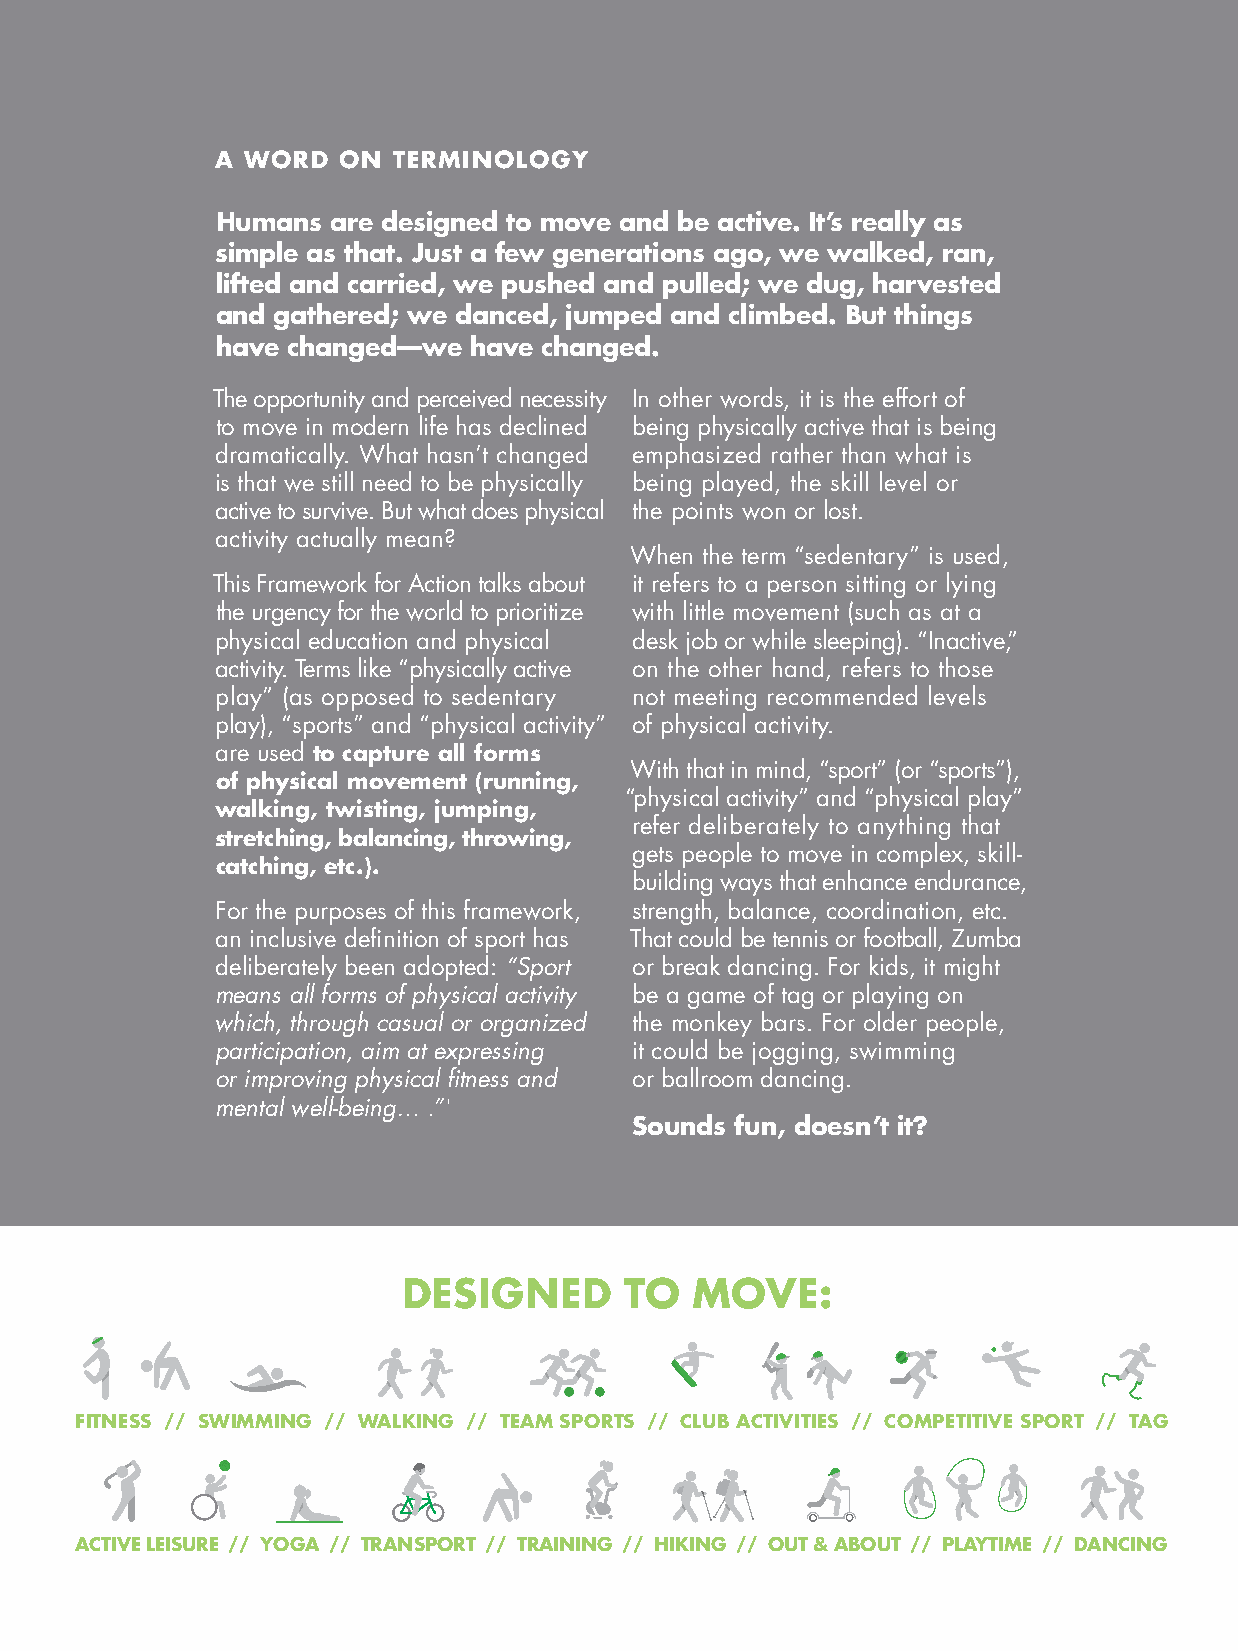
a wOrD  ON  TErMINOlOGy
 humans  are designed to move and be active. It’s really as
 simple as that. Just a few generations ago, we walked, ran,
 lifted and carried, we pushed and pulled; we dug, harvested
 and gathered; we danced, jumped and climbed. but things
 have changed—we  have changed.
 The opportunity and perceived necessity In other words, it is the effort of
 to move in modern life has declined being physically active that is being
 dramatically. What hasn’t changed emphasized rather than what is
 is that we still need to be physically being played, the skill level or
 active to survive. But what does physical the points won or lost.
 activity actually mean?
 When the term “sedentary” is used,
 This Framework for Action talks about it refers to a person sitting or lying
 the urgency for the world to prioritize with little movement (such as at a
 physical education and physical desk job or while sleeping). “Inactive,”
 activity. Terms like “physically active on the other hand, refers to those
 play” (as opposed to sedentary not meeting recommended levels
 play), “sports” and “physical activity” of physical activity.
 are used to capture all forms
 With that in mind, “sport” (or “sports”),
 of physical movement (running,
 “physical activity” and “physical play”
 walking, twisting, jumping,
 refer deliberately to anything that
 stretching, balancing, throwing,
 gets people to move in complex, skill-
 catching, etc.).
 building ways that enhance endurance,
 For the purposes of this framework, strength, balance, coordination, etc.
 an inclusive definition of sport has That could be tennis or football, Zumba
 deliberately been adopted: “Sport or break dancing. For kids, it might
 means all forms of physical activity be a game of tag or playing on
 which, through casual or organized the monkey bars. For older people,
 participation, aim at expressing it could be jogging, swimming
 or improving physical fitness and or ballroom dancing.
 mental well-being… .”1
 Sounds fun, doesn’t it?
 DDDEEESSSIIIGGGNNNEEEDDD TTTOOO MMMOOOVVVEEE:::
 fFFIIITTTNNNEEESSSSSS ////// SSSwWWIIIMMMMMMIIINNNGGG ////// wWWaAAlLLkKKIIINNNGGG ////// TTTEEEaAAMMM SSSpPPOOOrRRTTTSSS ////// cCClLLuUUbBB aAAcCCTTTIIIVVVIIITTTIIIEEESSS ////// cCCOOOMMMpPPEEETTTIIITTTIIIVVVEEE SSSpPPOOOrRRTTT ////// TTTaAAGGG
 aAAcCCTTTIIIVVVEEE lLLEEEIIISSSuUUrRREEE ////// yYYOOOGGGaAA ////// TTTrRRaAANNNSSSpPPOOOrRRTTT ////// TTTrRRaAAIIINNNIIINNNGGG ////// hHHIIIkKKIIINNNGGG ////// OOOuUUTTT &&& aAAbBBOOOuUUTTT ////// pPPlLLaAAyYYTTTIIIMMMEEE ////// DDDaAANNNcCCIIINNNGGG